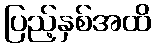
ပြည့်နှစ်အထိ